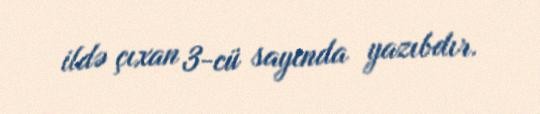
ildə çıxan 3-cü sayında yazıbdır.